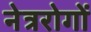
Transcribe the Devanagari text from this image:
नेत्ररोगों